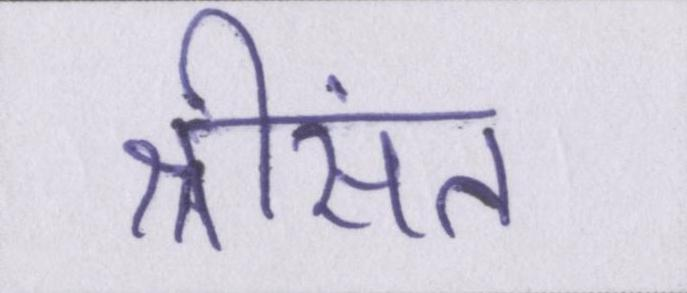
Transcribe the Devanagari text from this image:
श्रीसंत